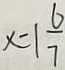
x = 1 \frac { 6 } { 7 }